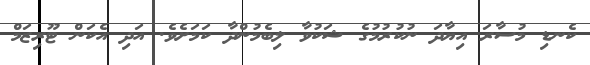
ކެނޑި މުސާރަ އިޔާދަ ނުކުރުމުގެ ޝަކުވާ ލިބެމުންދާ ކަމަށެވެ. އަދި އެކަން ޓޫރިޒަމް